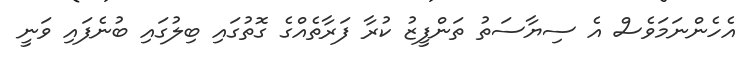
އެހެންނަމަވެސް އެ ސިޔާސަތު ތަންފީޒު ކުރާ ފަރާތެއްގެ ގޮތުގައި ބިލުގައި ބުނެފައި ވަނީ